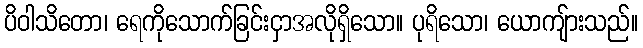
ပိဝါသိတော၊ ရေကိုသောက်ခြင်းငှာအလိုရှိသော။ ပုရိသော၊ ယောကျ်ားသည်။